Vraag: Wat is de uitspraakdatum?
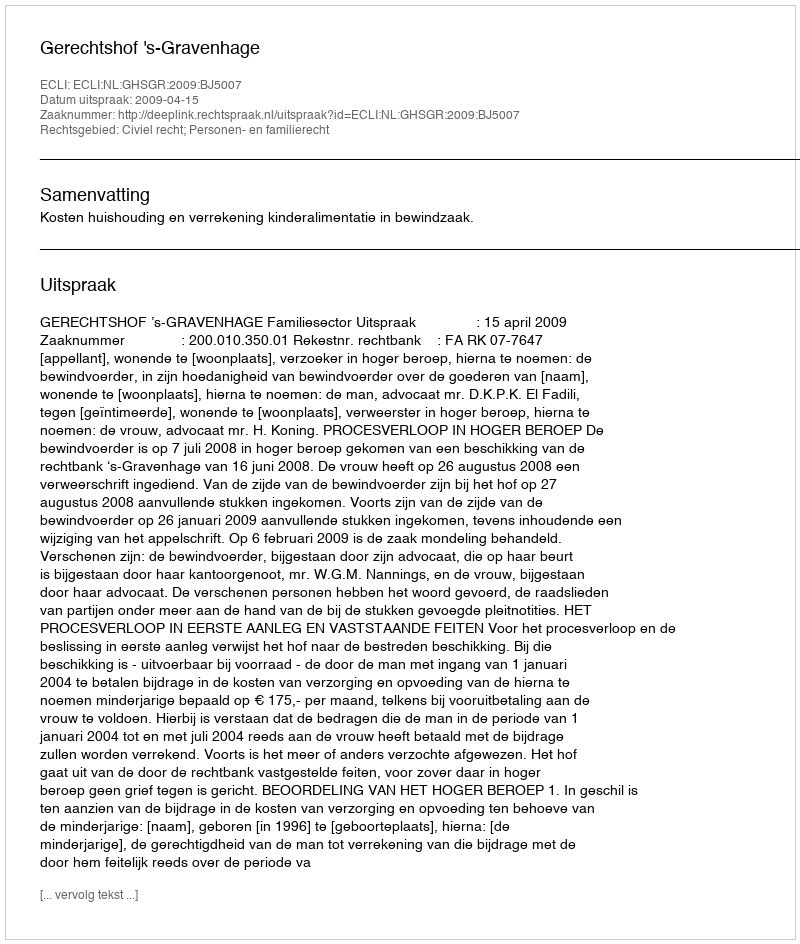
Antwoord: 2009-04-15